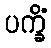
ပက္ခိံ